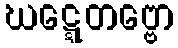
ဃဋ္ဋေတဗ္ဗော